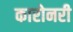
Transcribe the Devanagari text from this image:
कारोनरी